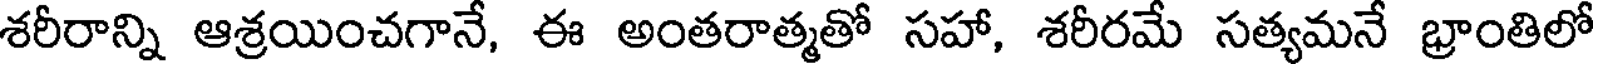
శరీరాన్ని ఆశ్రయించగానే, ఈ అంతరాత్మతో సహా, శరీరమే సత్యమనే భ్రాంతిలో